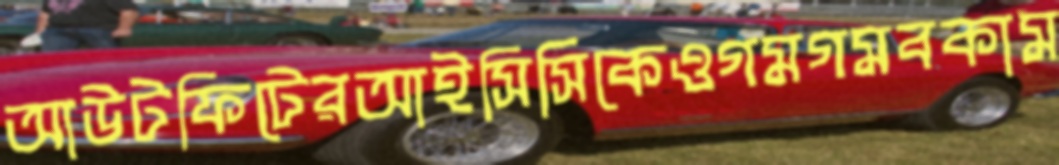
আউটফিটেরআইসিসিকেওগমগমবকাম